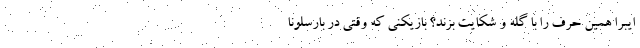
ایبرا همین حرف را با گله و شکایت بزند؟ بازیکنی که وقتی در بارسلونا